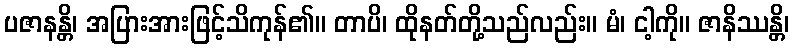
ပဇာနန္တိ၊ အပြားအားဖြင့်သိကုန်၏။ တာပိ၊ ထိုနတ်တို့သည်လည်း။ မံ၊ ငါ့ကို။ ဇာနိဿန္တိ၊